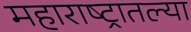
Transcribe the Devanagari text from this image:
महाराष्‍ट्रातल्या